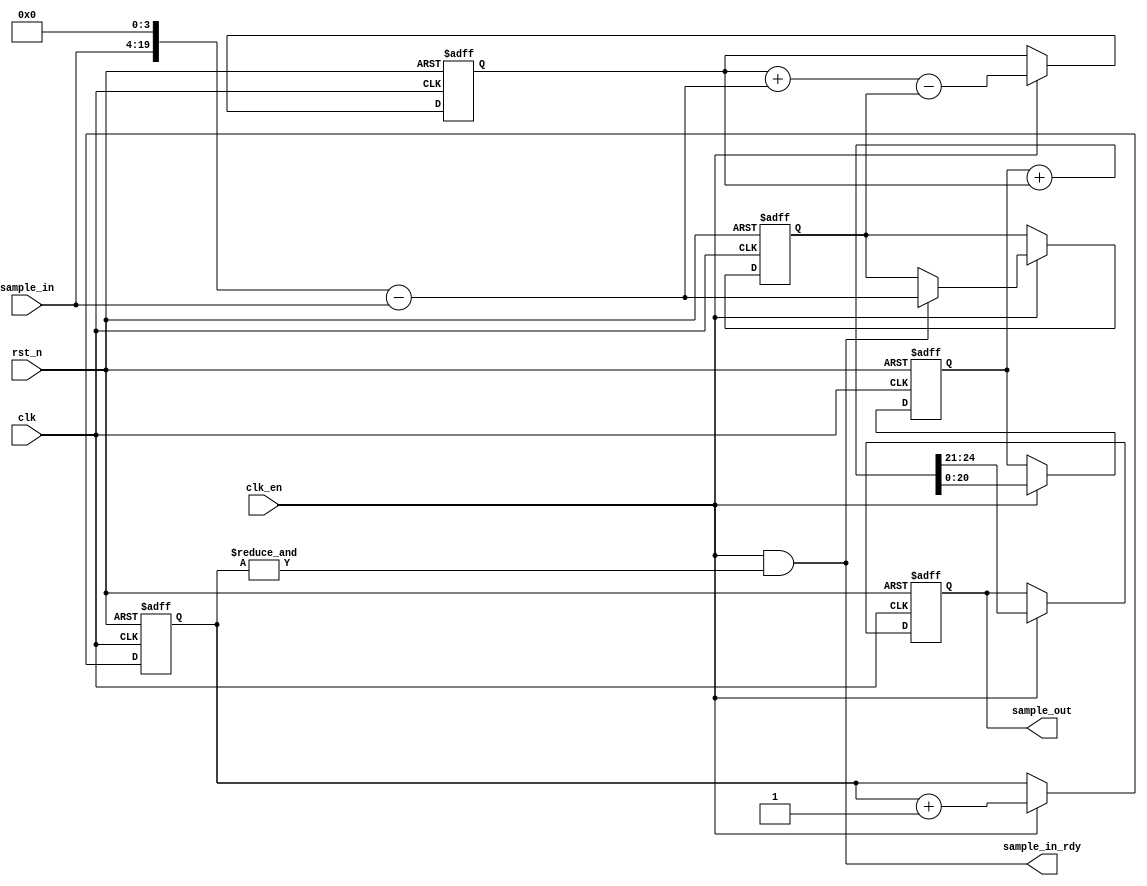
/**********************************************************************
 * DO WHAT THE FUCK YOU WANT TO AND DON'T BLAME US PUBLIC LICENSE     *
 *                    Version 3, April 2008                           *
 *                                                                    *
 * Copyright (C) 2021 Luke Wren                                       *
 *                                                                    *
 * Everyone is permitted to copy and distribute verbatim or modified  *
 * copies of this license document and accompanying software, and     *
 * changing either is allowed.                                        *
 *                                                                    *
 *   TERMS AND CONDITIONS FOR COPYING, DISTRIBUTION AND MODIFICATION  *
 *                                                                    *
 * 0. You just DO WHAT THE FUCK YOU WANT TO.                          *
 * 1. We're NOT RESPONSIBLE WHEN IT DOESN'T FUCKING WORK.             *
 *                                                                    *
 *********************************************************************/

// Linear-interpolated oversampling followed by first-order sigma-delta.
// Output width can be >1, e.g. for the 4-bit resistor DACs on ULX3S. Can also
// be ==1 if you just want to wire a GPIO to your headphones.

module audio_interp_sigma_delta #(
	parameter W_IN = 16,
	parameter W_OUT = 4,
	parameter LOG_OVERSAMPLE = 5
) (
	input  wire             clk,
	input  wire             rst_n,
	input  wire             clk_en,

	input  wire [W_IN-1:0]  sample_in,
	output wire             sample_in_rdy,
	output reg  [W_OUT-1:0] sample_out
);

reg [LOG_OVERSAMPLE-1:0] oversample_ctr;

always @ (posedge clk or negedge rst_n) begin
	if (!rst_n) begin
		oversample_ctr <= {LOG_OVERSAMPLE{1'b0}};
	end else if (clk_en) begin
		oversample_ctr <= oversample_ctr + 1'b1;
	end
end

assign sample_in_rdy = clk_en && &oversample_ctr;

wire [W_IN+W_OUT-1:0] sample_in_scaled = (sample_in << W_OUT) - sample_in;

reg [W_IN+W_OUT-1:0] sample_in_prev_scaled;
reg [W_IN+W_OUT+LOG_OVERSAMPLE-1:0] interp_sample;

always @ (posedge clk or negedge rst_n) begin
	if (!rst_n) begin
		sample_in_prev_scaled <= {W_IN + W_OUT{1'b0}};
		interp_sample <= {W_IN + W_OUT + LOG_OVERSAMPLE{1'b0}};
	end else if (clk_en) begin
		interp_sample <= interp_sample + sample_in_scaled - sample_in_prev_scaled;
		if (sample_in_rdy)
			sample_in_prev_scaled <= sample_in_scaled;
	end
end

reg [W_IN+LOG_OVERSAMPLE-1:0] accum;

always @ (posedge clk or negedge rst_n) begin
	if (!rst_n) begin
		accum <= {W_IN + LOG_OVERSAMPLE{1'b0}};
		sample_out <= {W_OUT{1'b0}};
	end else if (clk_en) begin
		{sample_out, accum} <= {{W_OUT{1'b0}}, accum} + interp_sample;
	end
end

endmodule